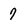
Character: 7